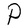
Character: P